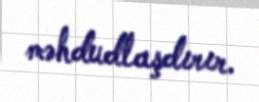
məhdudlaşdırır.